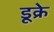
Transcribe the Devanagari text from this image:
डूक्रे